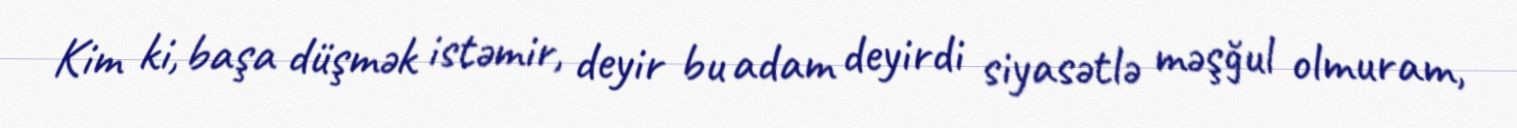
Kim ki, başa düşmək istəmir, deyir bu adam deyirdi siyasətlə məşğul olmuram,